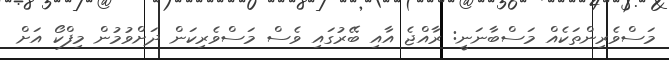
މަސްވެރިންތަކެއް މަސްބާނަނީ: ރާއްޖެ އާއި ބޭރުގައި ވެސް މަސްވެރިކަން ދަށްވުމުން މިފްކޯ އަށް